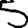
Digit: 5